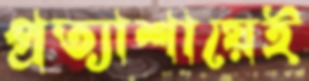
প্রত্যাশায়েই